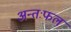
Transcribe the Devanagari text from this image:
अन्तःफल